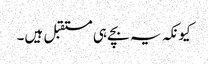
کیونکہ یہ بچے ہی مستقبل ہیں۔